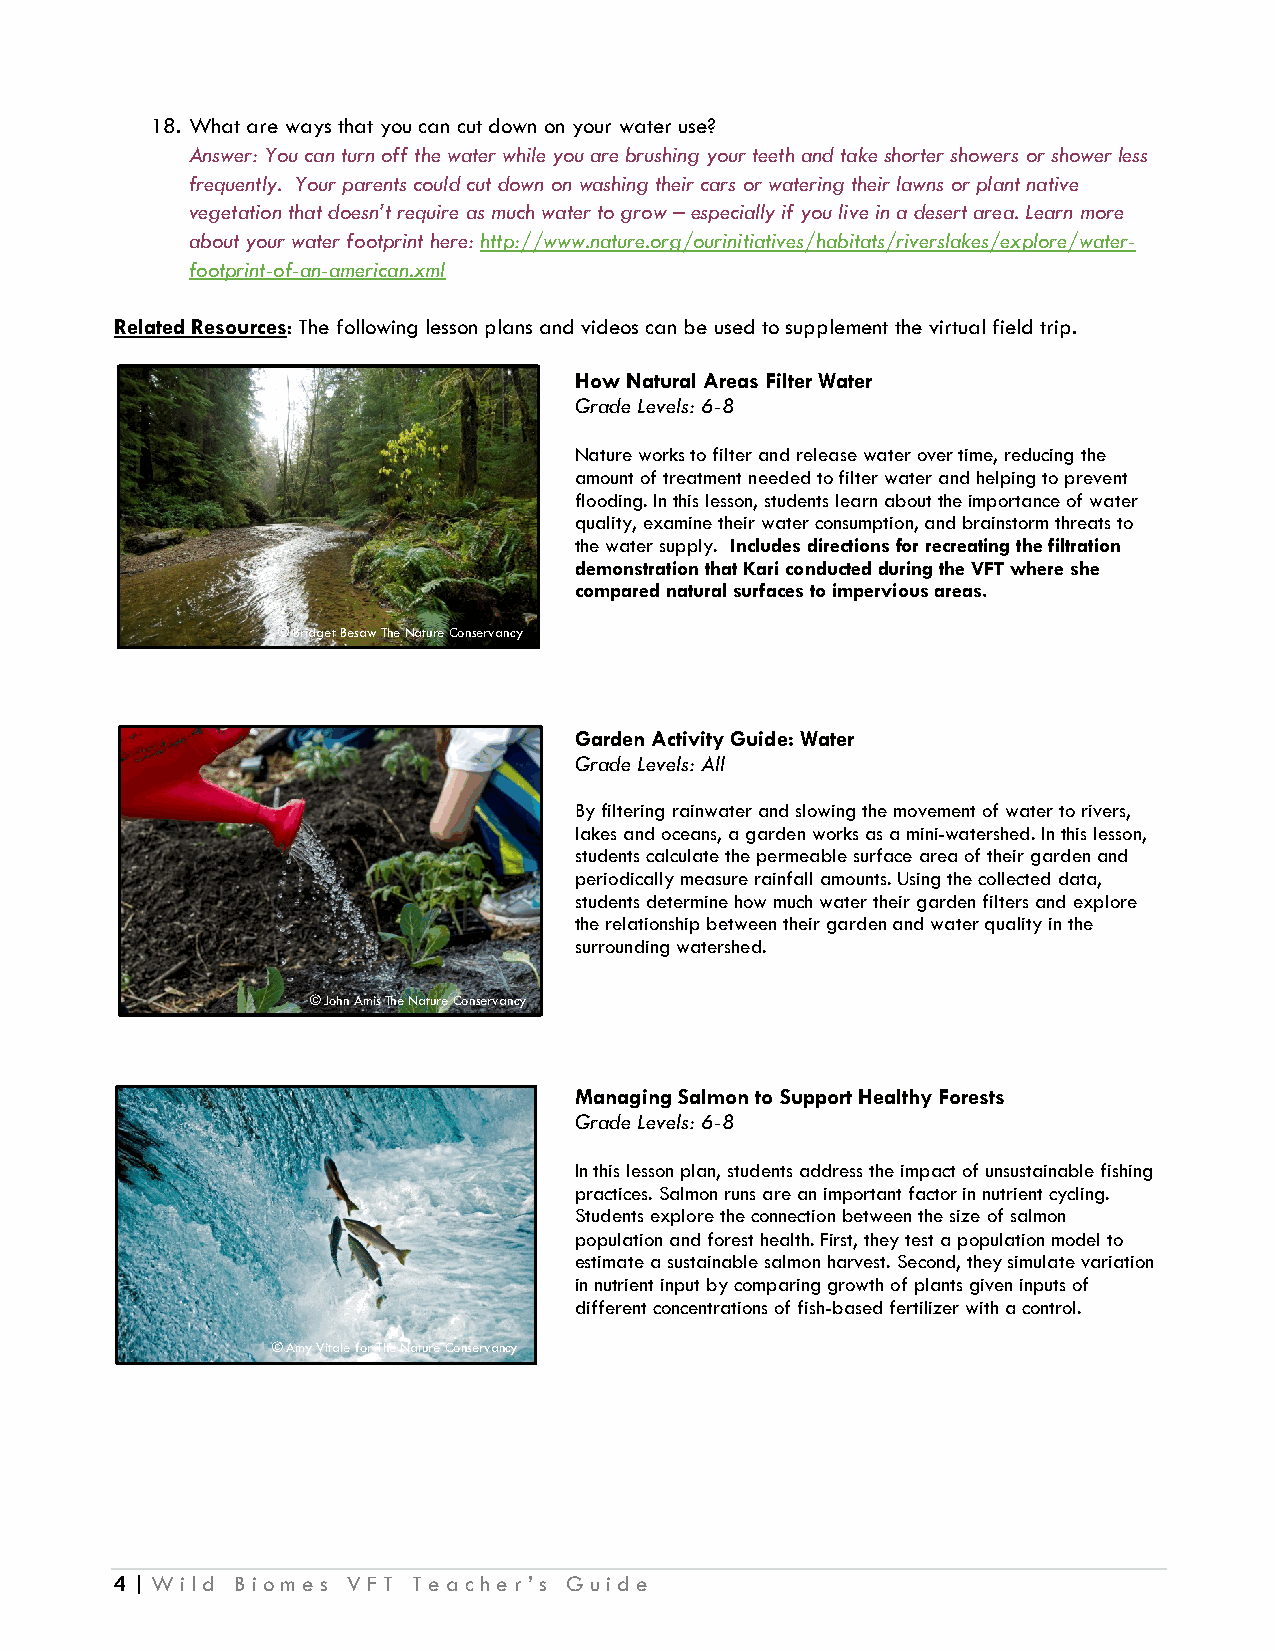
18. What are ways that you can cut down on your water use?
 Answer: You can turn off the water while you are brushing your teeth and take shorter showers or shower less
 frequently. Your parents could cut down on washing their cars or watering their lawns or plant native
 vegetation that doesn’t require as much water to grow – especially if you live in a desert area. Learn more
 about your water footprint here: http://www.nature.org/ourinitiatives/habitats/riverslakes/explore/water-
 footprint-of-an-american.xml
 Related Resources: The following lesson plans and videos can be used to supplement the virtual field trip.
 How Natural Areas Filter Water
 Grade Levels: 6-8
 Nature works to filter and release water over time, reducing the
 amount of treatment needed to filter water and helping to prevent
 flooding. In this lesson, students learn about the importance of water
 quality, examine their water consumption, and brainstorm threats to
 the water supply. Includes directions for recreating the filtration
 demonstration that Kari conducted during the VFT where she
 compared natural surfaces to impervious areas.
 © Bridget Besaw The Nature Conservancy
 Garden Activity Guide: Water
 Grade Levels: All
 By filtering rainwater and slowing the movement of water to rivers,
 lakes and oceans, a garden works as a mini-watershed. In this lesson,
 students calculate the permeable surface area of their garden and
 periodically measure rainfall amounts. Using the collected data,
 students determine how much water their garden filters and explore
 the relationship between their garden and water quality in the
 surrounding watershed.
 © John Amis The Nature Conservancy
 Managing Salmon to Support Healthy Forests
 Grade Levels: 6-8
 In this lesson plan, students address the impact of unsustainable fishing
 practices. Salmon runs are an important factor in nutrient cycling.
 Students explore the connection between the size of salmon
 population and forest health. First, they test a population model to
 estimate a sustainable salmon harvest. Second, they simulate variation
 in nutrient input by comparing growth of plants given inputs of
 different concentrations of fish-based fertilizer with a control.
 © Amy Vitale for The Nature Conservancy
 4 | Wild Biomes VFT Teacher’s Guide